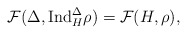
\begin{align*} \mathcal{F}(\Delta,\mathrm{Ind}_{H}^{\Delta}\rho)=\mathcal{F}(H,\rho),\end{align*}